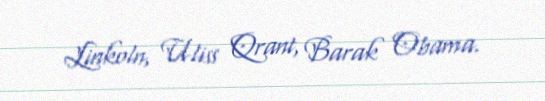
Linkoln, Uliss Qrant, Barak Obama.